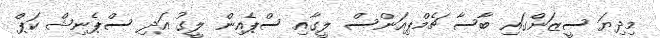
މިދިޔަ ސީޒަންގައި ބާސާ ޗެމްޕިއަންސް ލީގާއި ސްޕެއިން ލީގު އަދި ސްޕެނިޝް ކަޕް